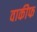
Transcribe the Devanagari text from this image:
वाकीफ